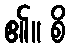
၏။ စိ